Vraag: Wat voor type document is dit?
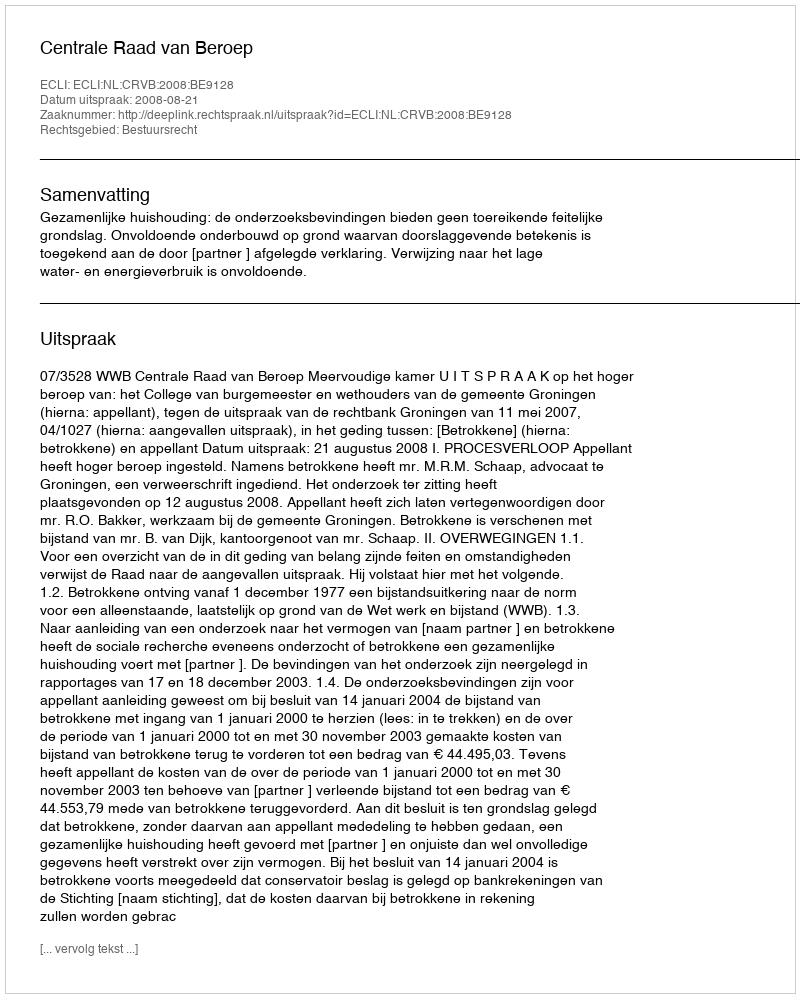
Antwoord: Uitspraak